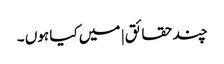
چند حقائق | میں کیا ہوں ۔